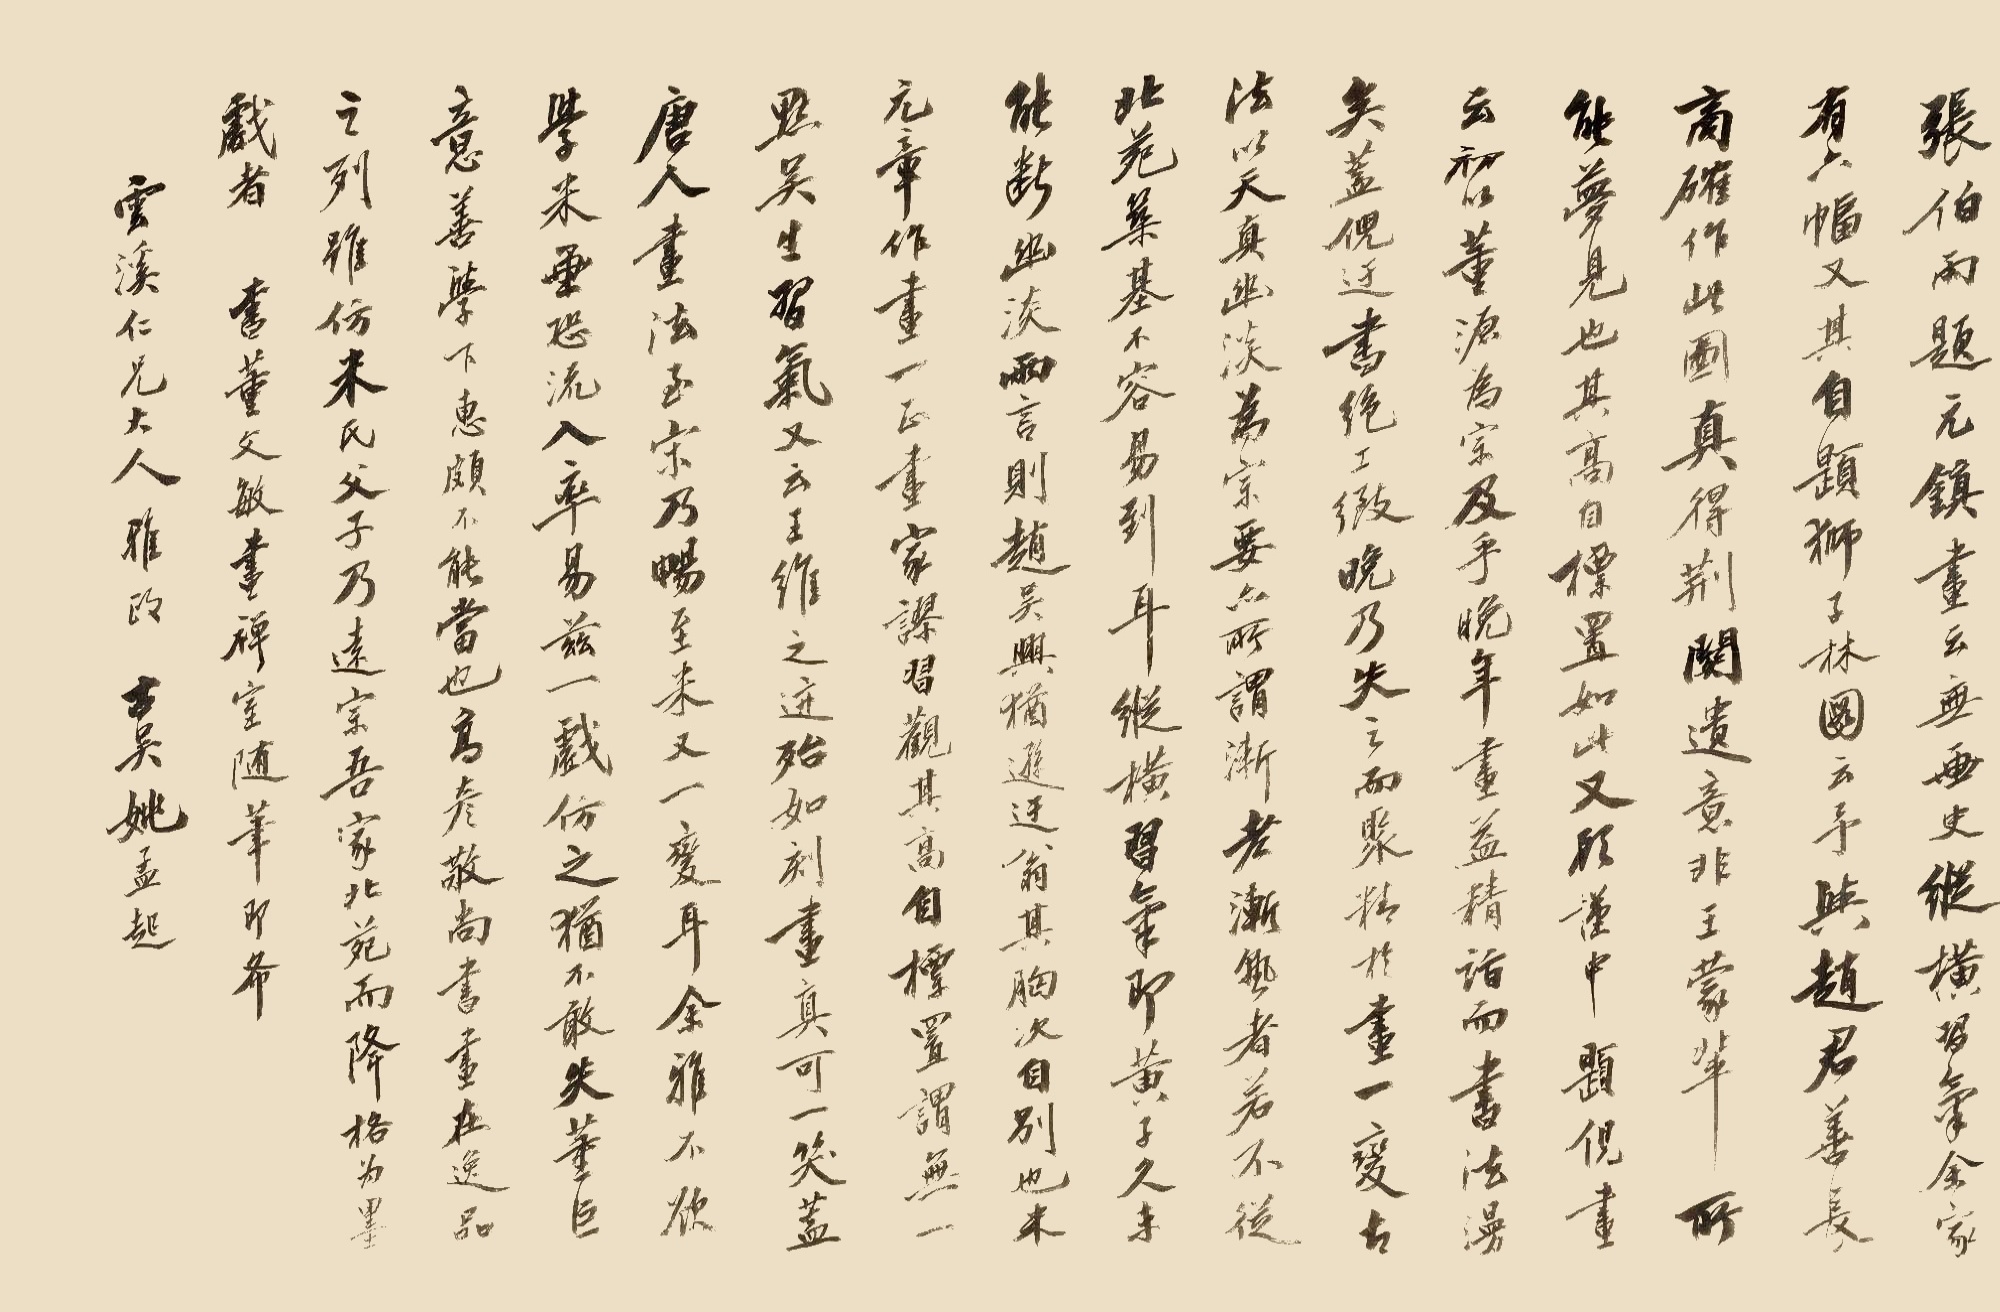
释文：张伯雨题元镇画云：无画史纵横习气。余家有六幅，又其自题狮子林图云：予与赵君善长，商榷作狮子林图。真得荆关遗意，非王蒙辈所能梦见也。其高自标置如此。又顾谨中题倪画云：初以董源为宗，及乎晚年，画益精诣，而书法漫矣。盖倪迂书绝工致，晚乃失之。而聚精于画，一变古法，以天真幽淡为宗要，亦所谓渐老渐熟者。若不从北苑筑基，不容易到耳。纵横习气，即黄子久未能断幽淡两言。则赵吴兴犹逊迂翁，其胸次自别也。米元章作画，一正画家谬习。观其高自标置，谓无一点吴生习气。又云王维之迹，殆如刻画，真可一笑。盖唐人画法，至宋乃畅，至米又一变耳。余雅不顾学米画，恐流入率易，兹一戏仿之，犹不敢失董巨意。善学下惠，颇不能当也。高彦敬尚书画，在逸品之列。虽仿米氏父子，乃远宗吾家北苑，而降格为墨戏者。书董文敏画禅室随笔，即希云溪仁兄大人雅政。古吴姚孟起。